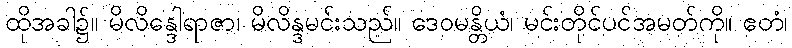
ထိုအခါ၌။ မိလိန္ဒေါရာဇာ၊ မိလိန္ဒမင်းသည်။ ဒေဝမန္တိယံ၊ မင်းတိုင်ပင်အမတ်ကို။ ဧတံ၊